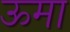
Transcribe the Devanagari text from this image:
ऊमा